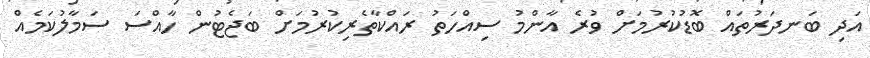
އަދި ބަނދަރުތައް ބޮޑުކުރުމަށް ވުރެ އާންމު ސިއްހަތު ރައްކާތެރިކުރުމަށް ބަޖެޓުން ހާއްސަ ސަމާލުކަމެއް